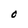
Character: O